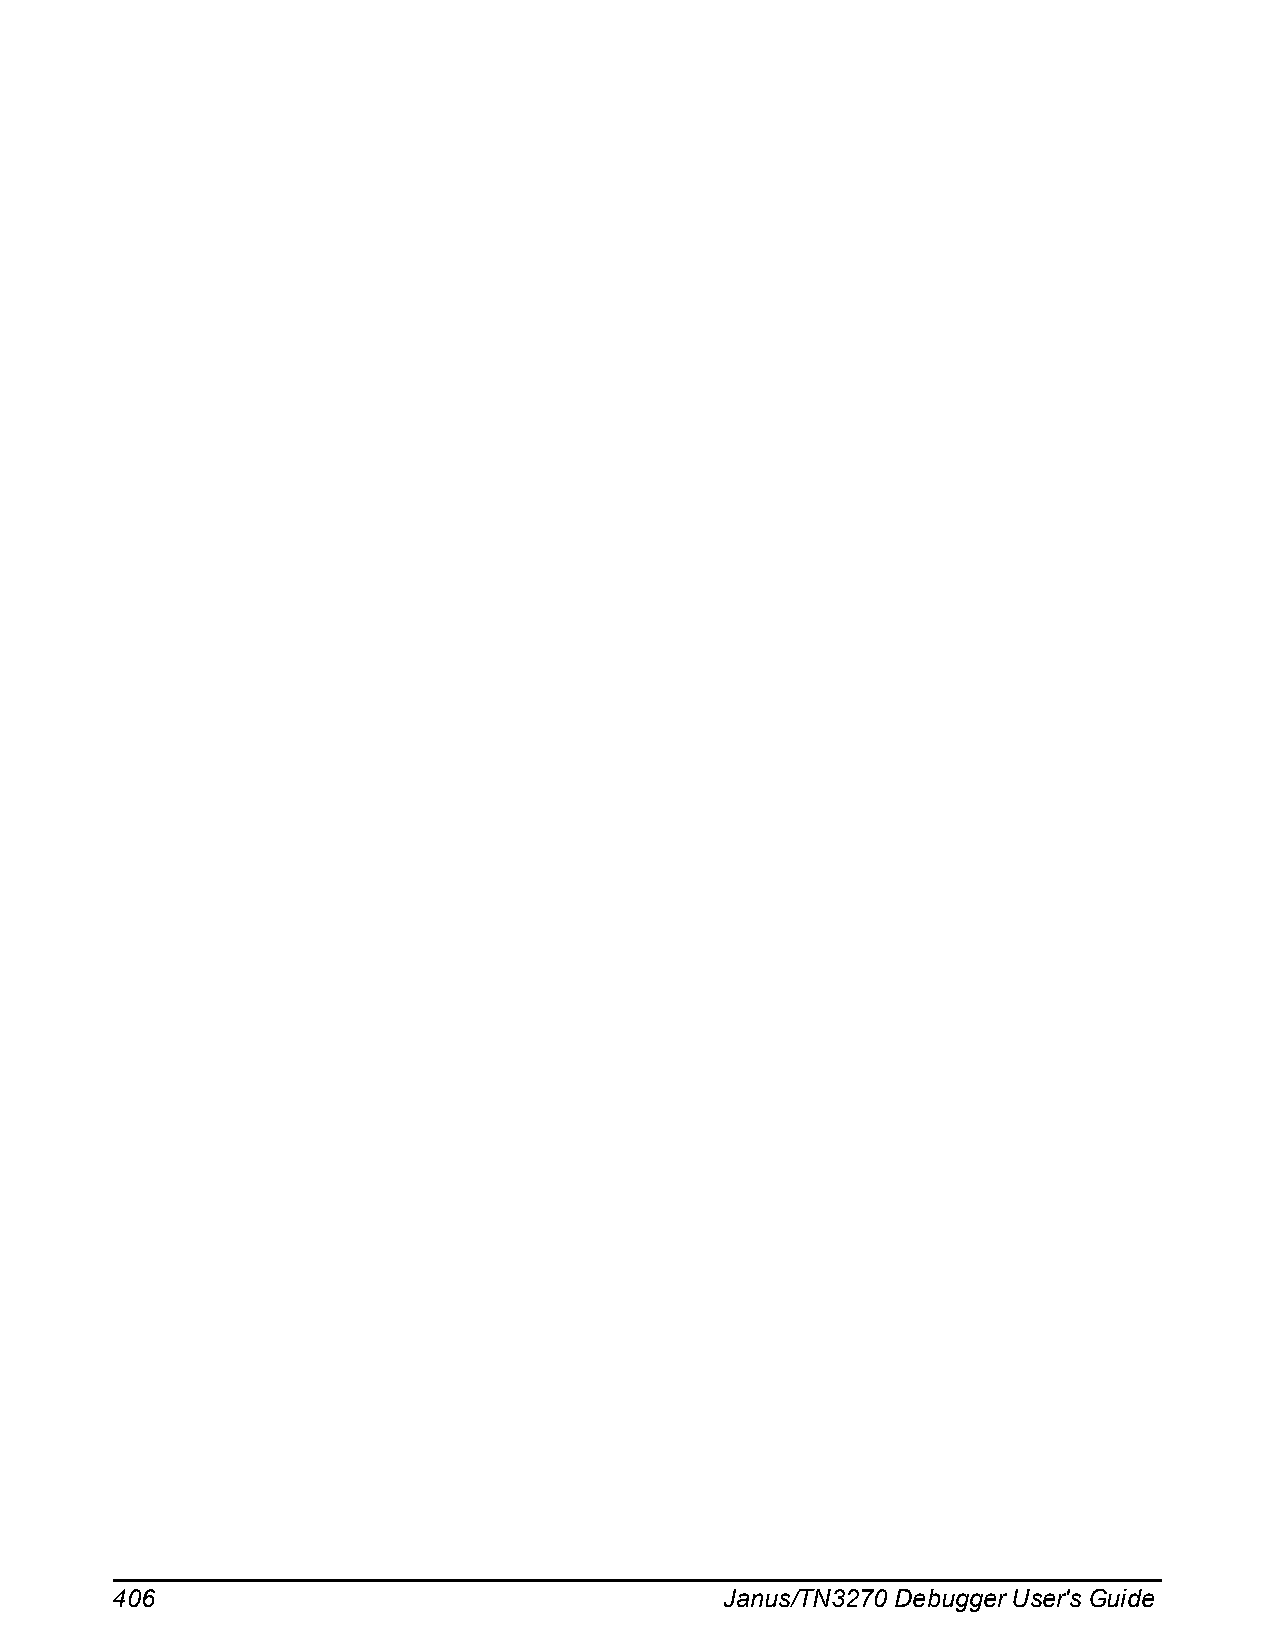
406                                      Janus/TN3270 Debugger User's Guide